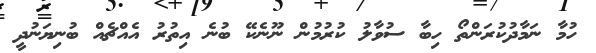
ހުމާ ނަމާދުކުރަންތޯ ހިބާ ސުވާލު ކުރުމުން ނޫނެކޭ ބުނެ އިތުރު އެއްޗެއް ބުނިޔަނުދީ